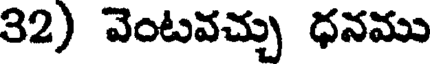
32) వెంటవచ్చు ధనము